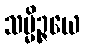
သမ္မိဉ္ဇယေ